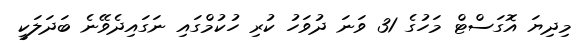
މިދިޔަ އޮގަސްޓް މަހުގެ 31 ވަނަ ދުވަހު ކުރި ހުކުމްގައި ނަގައިދެވޭނެ ބަދަލަކީ